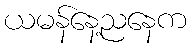
ယမန်နေ့ညနေက